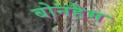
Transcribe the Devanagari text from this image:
बोनहैम